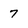
Character: 7